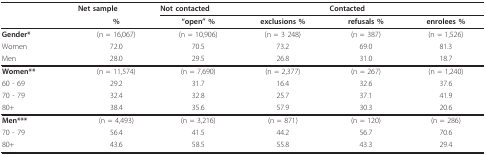
<table><thead><tr><td></td><td><b>Net sample</b></td><td colspan="2"><b>Not contacted</b></td><td colspan="2"><b>Contacted</b></td></tr><tr><td></td><td><b>%</b></td><td><b>&quot;open&quot; %</b></td><td><b>exclusions %</b></td><td><b>refusals %</b></td><td><b>enrolees %</b></td></tr></thead><tbody><tr><td><b>Gender*</b></td><td>(n = 16,067)</td><td>(n = 10,906)</td><td>(n = 3 248)</td><td>(n = 387)</td><td>(n = 1,526)</td></tr><tr><td>Women</td><td>72.0</td><td>70.5</td><td>73.2</td><td>69.0</td><td>81.3</td></tr><tr><td>Men</td><td>28.0</td><td>29.5</td><td>26.8</td><td>31.0</td><td>18.7</td></tr><tr><td><b>Women**</b></td><td>(n = 11,574)</td><td>(n = 7,690)</td><td>(n = 2,377)</td><td>(n = 267)</td><td>(n = 1,240)</td></tr><tr><td>60 - 69</td><td>29.2</td><td>31.7</td><td>16.4</td><td>32.6</td><td>37.6</td></tr><tr><td>70 - 79</td><td>32.4</td><td>32.8</td><td>25.7</td><td>37.1</td><td>41.9</td></tr><tr><td>80+</td><td>38.4</td><td>35.6</td><td>57.9</td><td>30.3</td><td>20.6</td></tr><tr><td><b>Men***</b></td><td>(n = 4,493)</td><td>(n = 3,216)</td><td>(n = 871)</td><td>(n = 120)</td><td>(n = 286)</td></tr><tr><td>70 - 79</td><td>56.4</td><td>41.5</td><td>44.2</td><td>56.7</td><td>70.6</td></tr><tr><td>80+</td><td>43.6</td><td>58.5</td><td>55.8</td><td>43.3</td><td>29.4</td></tr></tbody></table>